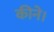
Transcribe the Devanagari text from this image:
कीने।